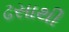
ઢસાથી